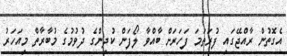
އެގޮތުން ރާއްޖޭގައި ފުރަތަމަ ފަހަަރަށް ބާއްވާ ލޯފަން ކުދިންގެ ދުވުމުގެ މުބާރާތް މިއަހަރު